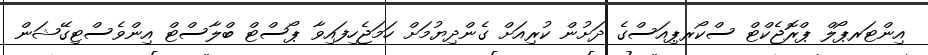
އިންޓަރޕޯލް ޕްރޮޖެކްޓް ސްކޯރޕިއަސްގެ ދަށުން ކުރިއަށް ގެންދިޔުމަށް ހަމަޖެހިފައިވާ ޕޯސްޓް ބްލާސްޓް އިންވެސްޓިގޭޝަން